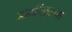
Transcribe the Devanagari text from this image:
जातपितृसत्ता